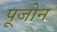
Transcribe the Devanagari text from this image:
पूजोन